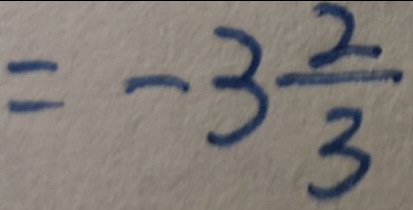
= - 3 \frac { 2 } { 3 }